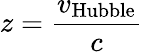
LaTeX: z={\frac{v_{\mathrm{Hubble}}}{c}}